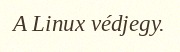
A Linux védjegy.